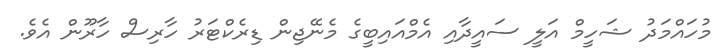
މުހައްމަދު ޝަހީމް އަލީ ސައީދާއި އެމްއައިބީގެ މެނޭޖިން ޑިރެކްޓަރު ހާރިސް ހާރޫން އެވެ.